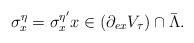
LaTeX: \begin{align*}\sigma_x^{\eta}=\sigma_x^{\eta^{\prime}} x\in (\partial_{ex}V_{\tau})\cap\bar{\Lambda}.\end{align*}